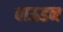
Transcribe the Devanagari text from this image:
बाऊडन